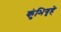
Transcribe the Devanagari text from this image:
कुंभिगृहे